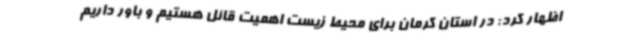
اظهار کرد: در استان کرمان برای محیط زیست اهمیت قائل هستیم و باور داریم